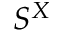
S ^ { X }